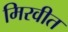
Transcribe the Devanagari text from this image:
मिरवीत